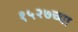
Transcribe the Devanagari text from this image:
१५२७च्या